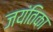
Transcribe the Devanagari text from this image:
जयंतिका